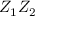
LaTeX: Z _ { 1 } Z _ { 2 }